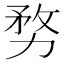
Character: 𭄶